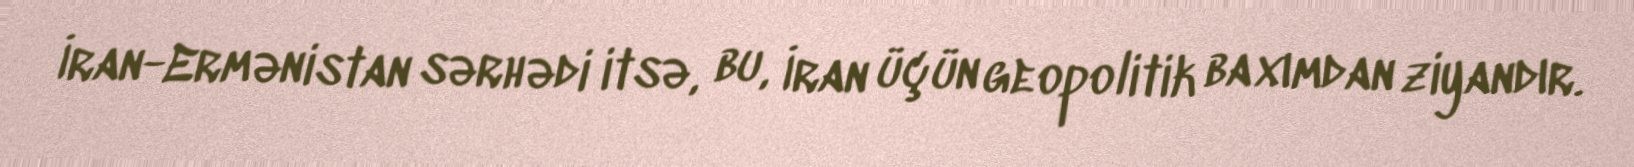
İran-Ermənistan sərhədi itsə, bu, İran üçün geopolitik baxımdan ziyandır.